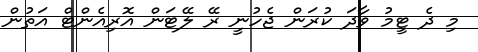
މި ދެ ޓީމު ވާދަ ކުރަން ޖެހުނީ ރޭ ލޭޓަން އޮރިއެންޓް އަތުން